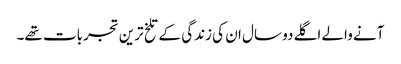
آنے والے اگلے دو سال ان کی زندگی کے تلخ ترین تجربات تھے۔